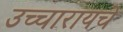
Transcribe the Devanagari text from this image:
उच्चारायचे